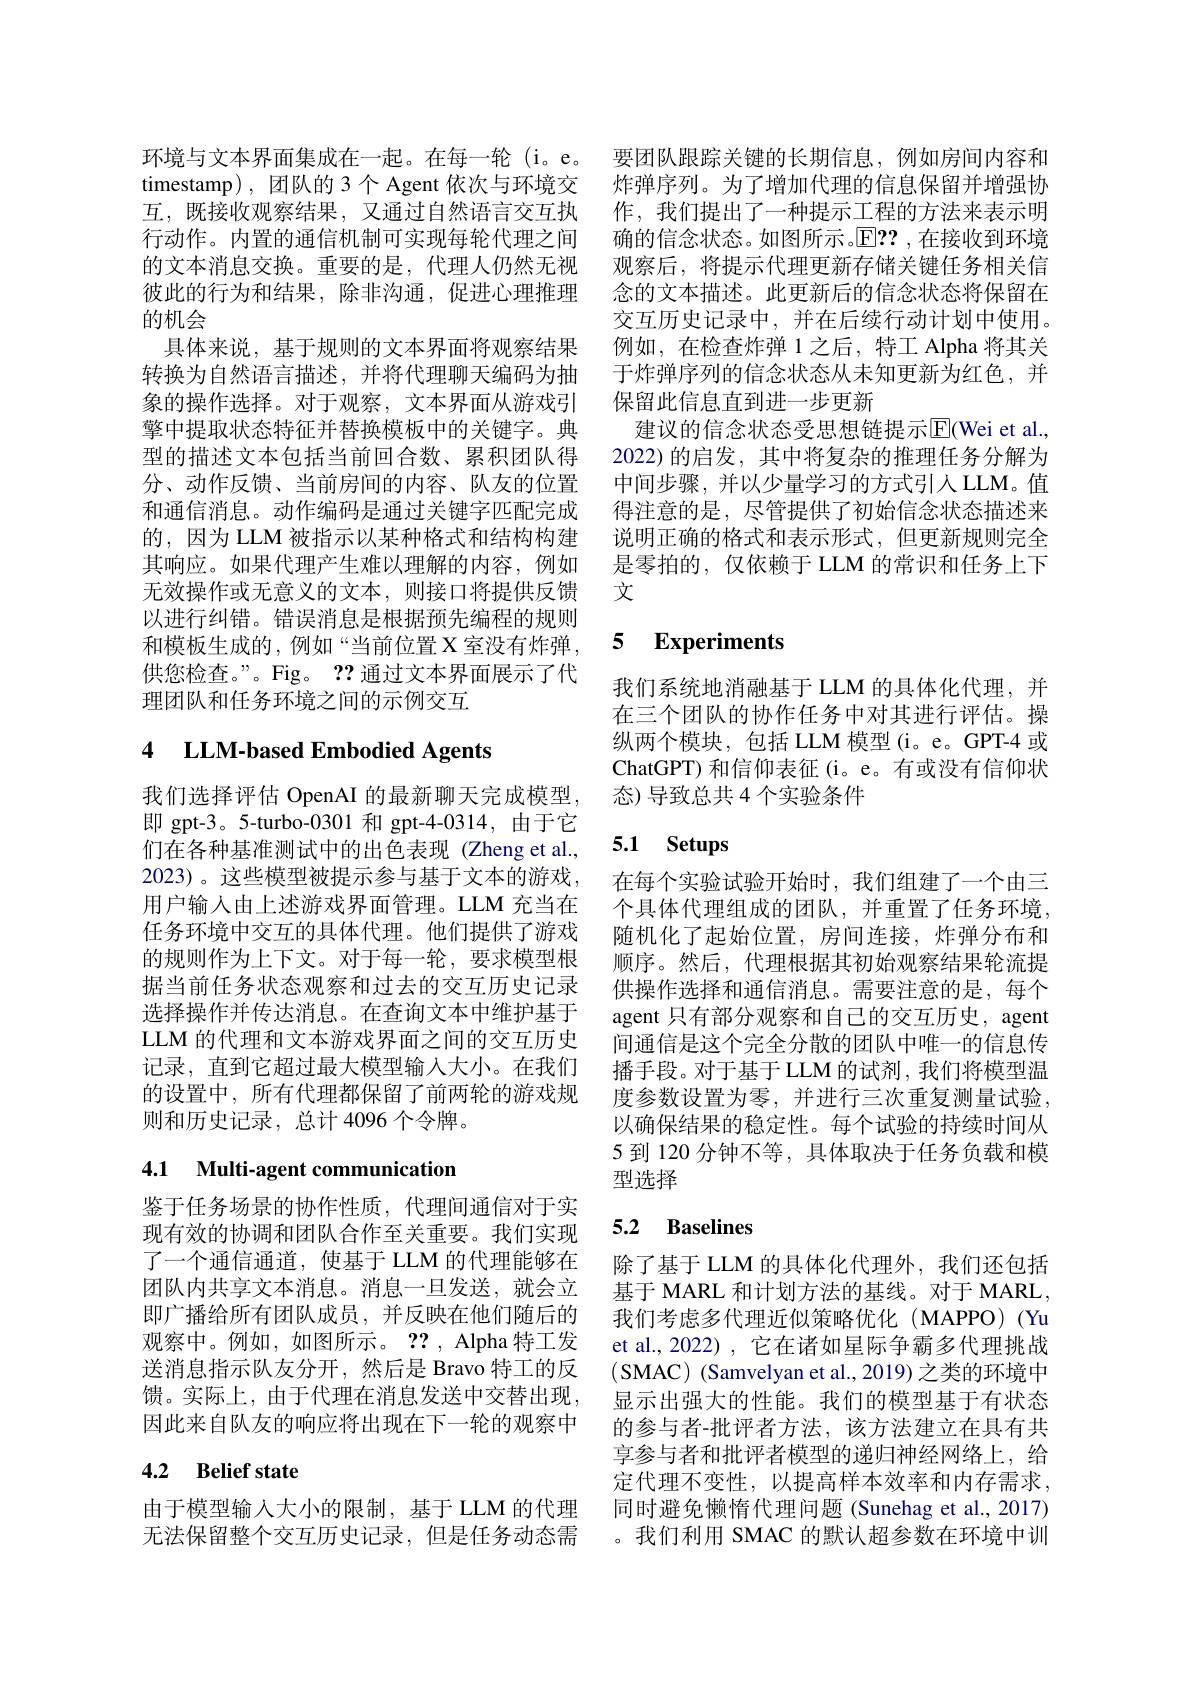
的文本消息交换。重要的是，代理人仍然无视彼此的行为和结果，除非沟通，促进心理推理的机会
具体来说，基于规则的文本界面将观察结果转换为自然语言描述，并将代理聊天编码为抽象的操作选择。对于观察，文本界面从游戏引擎中提取状态特征并替换模板中的关键字。典型的描述文本包括当前回合数、累积团队得分、动作反馈、当前房间的内容、队友的位置和通信消息。动作编码是通过关键字匹配完成的，因为 LLM 被指示以某种格式和结构构建其响应。如果代理产生难以理解的内容，例如无效操作或无意义的文本，则接口将提供反馈以进行纠错。错误消息是根据预先编程的规则和模板生成的，例如“当前位置 X 室没有炸弹，5 Experiments
供您检查。”。Fig。??通过文本界面展示了代
理团队和任务环境之间的示例交互

# 4 LLM-based Embodied Agents

我们选择评估 OpenAI 的最新聊天完成模型， 即 gpt-3。5-turbo-0301 和 gpt-4-0314,由于它们在各种基准测试中的出色表现(Zheng et al., 2023)。这些模型被提示参与基于文本的游戏， 用户输入由上述游戏界面管理。LLM 充当在任务环境中交互的具体代理。他们提供了游戏的规则作为上下文。对于每一轮，要求模型根据当前任务状态观察和过去的交互历史记录选择操作并传达消息。在查询文本中维护基于LLM 的代理和文本游戏界面之间的交互历史记录，直到它超过最大模型输入大小。在我们的设置中，所有代理都保留了前两轮的游戏规则和历史记录，总计 4096 个令牌。

# 4.1 Multi-agent communication

鉴于任务场景的协作性质，代理间通信对于实现有效的协调和团队合作至关重要。我们实现了一个通信通道，使基于 LLM 的代理能够在团队内共享文本消息。消息一旦发送，就会立即广播给所有团队成员，并反映在他们随后的观察中。例如，如图所示。??, Alpha 特工发送消息指示队友分开，然后是 Bravo 特工的反馈。实际上，由于代理在消息发送中交替出现， 因此来自队友的响应将出现在下一轮的观察中

# 4.2 Belief state

环境与文本界面集成在一起。在每一轮 (i。e。要团队跟踪关键的长期信息，例如房间内容和timestamp),团队的 3个 Agent 依次与环境交 炸弹序列。为了增加代理的信息保留并增强协互，既接收观察结果，又通过自然语言交互执 作，我们提出了一种提示工程的方法来表示明行动作。内置的通信机制可实现每轮代理之间 确的信念状态。如图所示。$\mathbb{E}??$ ,在接收到环境
观察后，将提示代理更新存储关键任务相关信念的文本描述。此更新后的信念状态将保留在交互历史记录中，并在后续行动计划中使用。例如，在检查炸弹 1 之后，特工 Alpha 将其关于炸弹序列的信念状态从未知更新为红色，并保留此信息直到进一步更新
建议的信念状态受思想链提示$\overline{\mathrm{E}}($Wei et al., 2022)的启发，其中将复杂的推理任务分解为中间步骤，并以少量学习的方式引入 LLM。值得注意的是，尽管提供了初始信念状态描述来说明正确的格式和表示形式，但更新规则完全是零拍的，仅依赖于 LLM 的常识和任务上下文

我们系统地消融基于 LLM 的具体化代理，并在三个团队的协作任务中对其进行评估。操纵两个模块，包括 LLM 模型(i。e。GPT-4 或ChatGPT) 和信仰表征(i。e。有或没有信仰状态)导致总共 4 个实验条件

# 5.1 Setups

在每个实验试验开始时，我们组建了一个由三个具体代理组成的团队，并重置了任务环境， 随机化了起始位置，房间连接，炸弹分布和顺序。然后，代理根据其初始观察结果轮流提供操作选择和通信消息。需要注意的是，每个agent 只有部分观察和自己的交互历史，agent 间通信是这个完全分散的团队中唯一的信息传播手段。对于基于LLM 的试剂，我们将模型温度参数设置为零，并进行三次重复测量试验， 以确保结果的稳定性。每个试验的持续时间从5 到 120 分钟不等，具体取决于任务负载和模型选择

## 5.2 Baselines

除了基于 LLM 的具体化代理外，我们还包括基于 MARL 和计划方法的基线。对于 MARL, 我们考虑多代理近似策略优化 (MAPPO) (Yu et al., 2022) , 它在诸如星际争霸多代理挑战(SMAC) (Samvelyan et al., 2019) 之类的环境中显示出强大的性能。我们的模型基于有状态的参与者-批评者方法，该方法建立在具有共享参与者和批评者模型的递归神经网络上，给定代理不变性，以提高样本效率和内存需求，
由于模型输人大小的限制，基于 LLM 的代理 同时避免懒惰代理问题 (Sunehag et al., 2017) 无法保留整个交互历史记录，但是任务动态需 。我们利用 SMAC 的默认超参数在环境中训